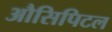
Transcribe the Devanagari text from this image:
औसिपिटल